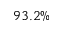
9 3 . 2 \%